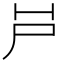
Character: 𡰮